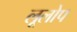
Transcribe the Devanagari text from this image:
लूलोप